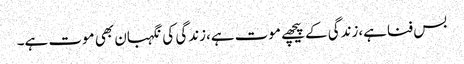
بس فناہے،زندگی کے پیچھے موت ہے،زندگی کی نگہبان بھی موت ہے۔